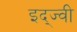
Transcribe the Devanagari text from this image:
इद्ज्वी